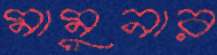
মামুনার